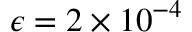
\epsilon = 2 \times 1 0 ^ { - 4 }